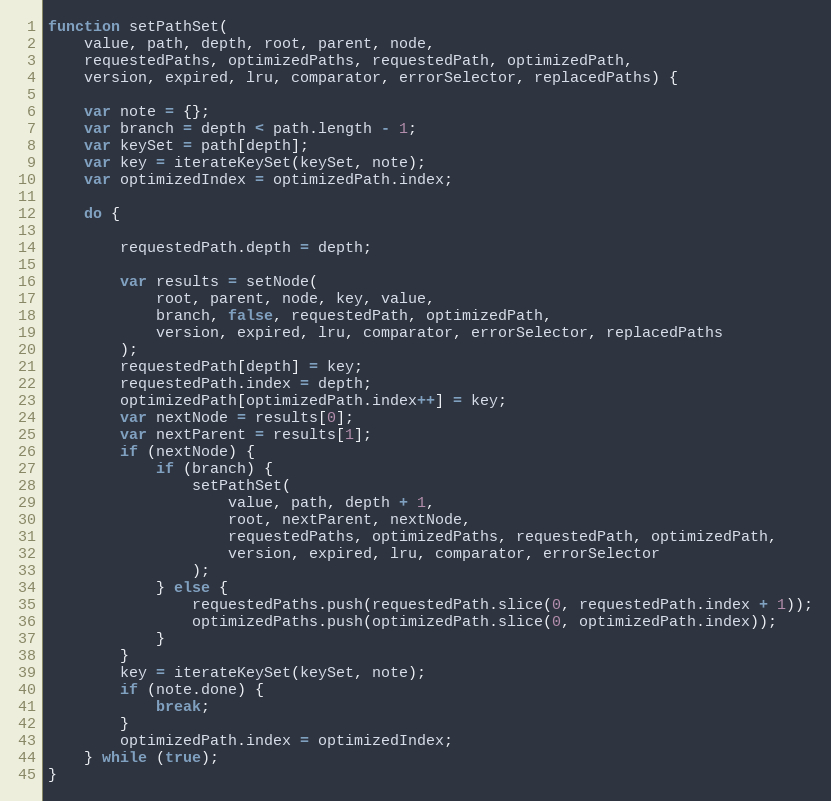
Language: JavaScript
function setPathSet(
    value, path, depth, root, parent, node,
    requestedPaths, optimizedPaths, requestedPath, optimizedPath,
    version, expired, lru, comparator, errorSelector, replacedPaths) {

    var note = {};
    var branch = depth < path.length - 1;
    var keySet = path[depth];
    var key = iterateKeySet(keySet, note);
    var optimizedIndex = optimizedPath.index;

    do {

        requestedPath.depth = depth;

        var results = setNode(
            root, parent, node, key, value,
            branch, false, requestedPath, optimizedPath,
            version, expired, lru, comparator, errorSelector, replacedPaths
        );
        requestedPath[depth] = key;
        requestedPath.index = depth;
        optimizedPath[optimizedPath.index++] = key;
        var nextNode = results[0];
        var nextParent = results[1];
        if (nextNode) {
            if (branch) {
                setPathSet(
                    value, path, depth + 1,
                    root, nextParent, nextNode,
                    requestedPaths, optimizedPaths, requestedPath, optimizedPath,
                    version, expired, lru, comparator, errorSelector
                );
            } else {
                requestedPaths.push(requestedPath.slice(0, requestedPath.index + 1));
                optimizedPaths.push(optimizedPath.slice(0, optimizedPath.index));
            }
        }
        key = iterateKeySet(keySet, note);
        if (note.done) {
            break;
        }
        optimizedPath.index = optimizedIndex;
    } while (true);
}